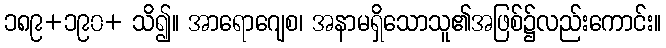
၁၈၉+၁၉၀+ သိ၍။ အာရောဂျေစ၊ အနာမရှိသောသူ၏အဖြစ်၌လည်းကောင်း။